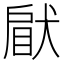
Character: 𤟵